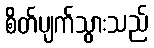
စိတ်ပျက်သွားသည်